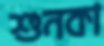
শুনকা